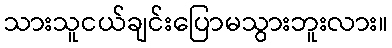
သားသူငယ်ချင်းပြောမသွားဘူးလား။